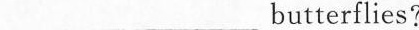
______butterflies?